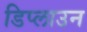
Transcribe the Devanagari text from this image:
डिप्लाउन